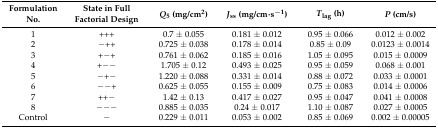
| Formulation No. | State in Full Factorial Design | Q5 (mg/cm2) | Jss (mg/cm·s−1) | Tlag (h) | P (cm/s) |
 | --- | --- | --- | --- | --- | --- |
 | 1 | +++ | 0.7 ± 0.055 | 0.181 ± 0.012 | 0.95 ± 0.066 | 0.012 ± 0.002 |
 | 2 | −++ | 0.725 ± 0.038 | 0.178 ± 0.014 | 0.85 ± 0.09 | 0.0123 ± 0.0014 |
 | 3 | +−+ | 0.761 ± 0.062 | 0.185 ± 0.016 | 1.05 ± 0.095 | 0.015 ± 0.0009 |
 | 4 | +−− | 1.705 ± 0.12 | 0.493 ± 0.025 | 0.95 ± 0.059 | 0.068 ± 0.001 |
 | 5 | −+− | 1.220 ± 0.088 | 0.331 ± 0.014 | 0.88 ± 0.072 | 0.033 ± 0.0001 |
 | 6 | −−+ | 0.625 ± 0.055 | 0.155 ± 0.009 | 0.75 ± 0.083 | 0.014 ± 0.0006 |
 | 7 | ++− | 1.42 ± 0.13 | 0.417 ± 0.027 | 0.95 ± 0.047 | 0.041 ± 0.0008 |
 | 8 | −−− | 0.885 ± 0.035 | 0.24 ± 0.017 | 1.10 ± 0.087 | 0.027 ± 0.0005 |
 | Control | − | 0.229 ± 0.011 | 0.053 ± 0.002 | 0.85 ± 0.069 | 0.002 ± 0.00005 |